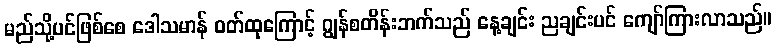
မည်သို့ပင်ဖြစ်စေ ဒေါသမာန် ဝတ်ထုကြောင့် ဂျွန်စတိန်းဘက်သည် နေ့ချင်း ညချင်းပင် ကျော်ကြားလာသည်။